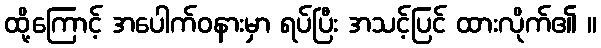
ထို့ကြောင့် အပေါက်ဝနားမှာ ရပ်ပြီး အသင့်ပြင် ထားလိုက်၏ ။